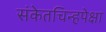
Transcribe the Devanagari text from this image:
संकेतचिन्हपेक्षा